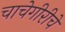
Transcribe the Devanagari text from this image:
चाचेगीरीचे